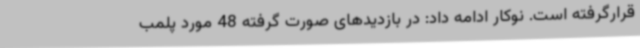
قرارگرفته است. نوکار ادامه داد: در بازدیدهای صورت گرفته 48 مورد پلمب